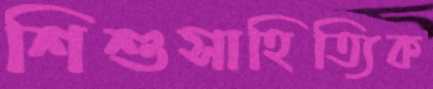
শিশুসাহিত্যিক